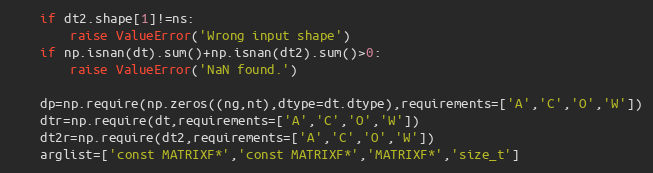
Language: Python
	if dt2.shape[1]!=ns:
		raise ValueError('Wrong input shape')
	if np.isnan(dt).sum()+np.isnan(dt2).sum()>0:
		raise ValueError('NaN found.')

	dp=np.require(np.zeros((ng,nt),dtype=dt.dtype),requirements=['A','C','O','W'])
	dtr=np.require(dt,requirements=['A','C','O','W'])
	dt2r=np.require(dt2,requirements=['A','C','O','W'])
	arglist=['const MATRIXF*','const MATRIXF*','MATRIXF*','size_t']